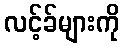
လင့်ခ်များကို